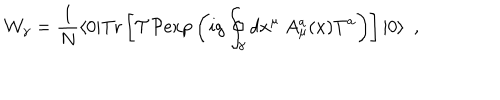
{ \cal W } _ { \gamma } = { \frac { 1 } { N } } \langle 0 | \mathrm { T r } \left[ { \cal T } { \cal P } \mathrm { e x p } \left( i g \oint _ { \gamma } d x ^ { \mu } \ A _ { \mu } ^ { a } ( x ) T ^ { a } \right) \right] | 0 \rangle \ \ ,